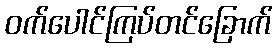
ဝက်ပေါင်ကြပ်တင်ခြောက်